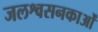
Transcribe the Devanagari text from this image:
जलश्वसनकाओं